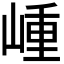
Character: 𡺍